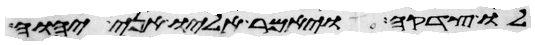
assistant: לו צדקה ויאמר אליו אני יהוה